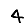
Digit: 4